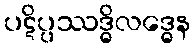
ပဋိပ္ပဿဒ္ဓိလဒ္ဓေန